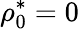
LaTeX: \rho_{0}^{*}=0